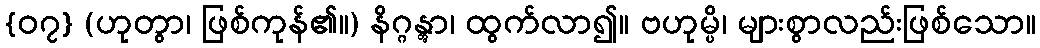
{၀၇} (ဟုတွာ၊ ဖြစ်ကုန်၏။) နိဂ္ဂန္တွာ၊ ထွက်လာ၍။ ဗဟုမ္ပိ၊ များစွာလည်းဖြစ်သော။